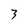
Character: 3